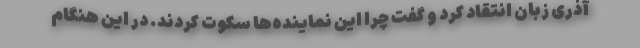
آذری زبان انتقاد کرد و گفت چرا این نماینده‌ها سکوت کردند. در این هنگام